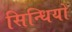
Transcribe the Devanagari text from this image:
सिन्धियों